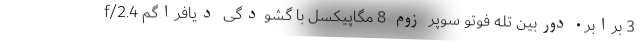
3 برابر • دوربین تله فوتو سوپر زوم 8 مگاپیکسل با گشودگی دیافراگم f/2.4